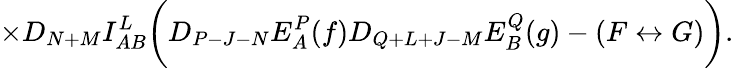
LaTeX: \times D_{N+M}I_{AB}^{L}\biggl(D_{P-J-N}E_{A}^{P}(f)D_{Q+L+J-M}E_{B}^{Q}(g)-(F\leftrightarrow G)\biggr).